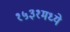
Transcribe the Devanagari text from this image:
१५३१मध्ये